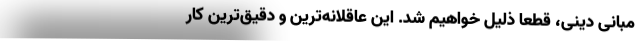
مبانی دینی، قطعا ذلیل خواهیم شد. این عاقلانه‌ترین و دقیق‌ترین کار